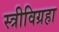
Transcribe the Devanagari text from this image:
स्त्रीविग्रहा